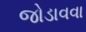
જોડાવવા